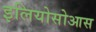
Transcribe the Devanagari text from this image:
इलियोसोआस